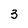
Character: 3